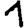
Digit: 1